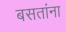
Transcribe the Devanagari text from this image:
बसतांना